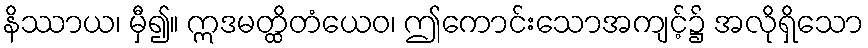
နိဿာယ၊ မှီ၍။ ဣဒမတ္ထိတံယေဝ၊ ဤကောင်းသောအကျင့်၌ အလိုရှိသော